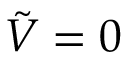
{ \tilde { V } } = 0